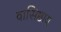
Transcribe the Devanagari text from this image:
वासिष्ठाय